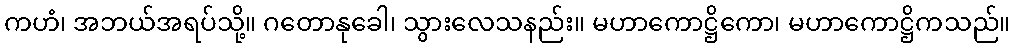
ကဟံ၊ အဘယ်အရပ်သို့။ ဂတောနုခေါ၊ သွားလေသနည်း။ မဟာကောဋ္ဌိကော၊ မဟာကောဋ္ဌိကသည်။